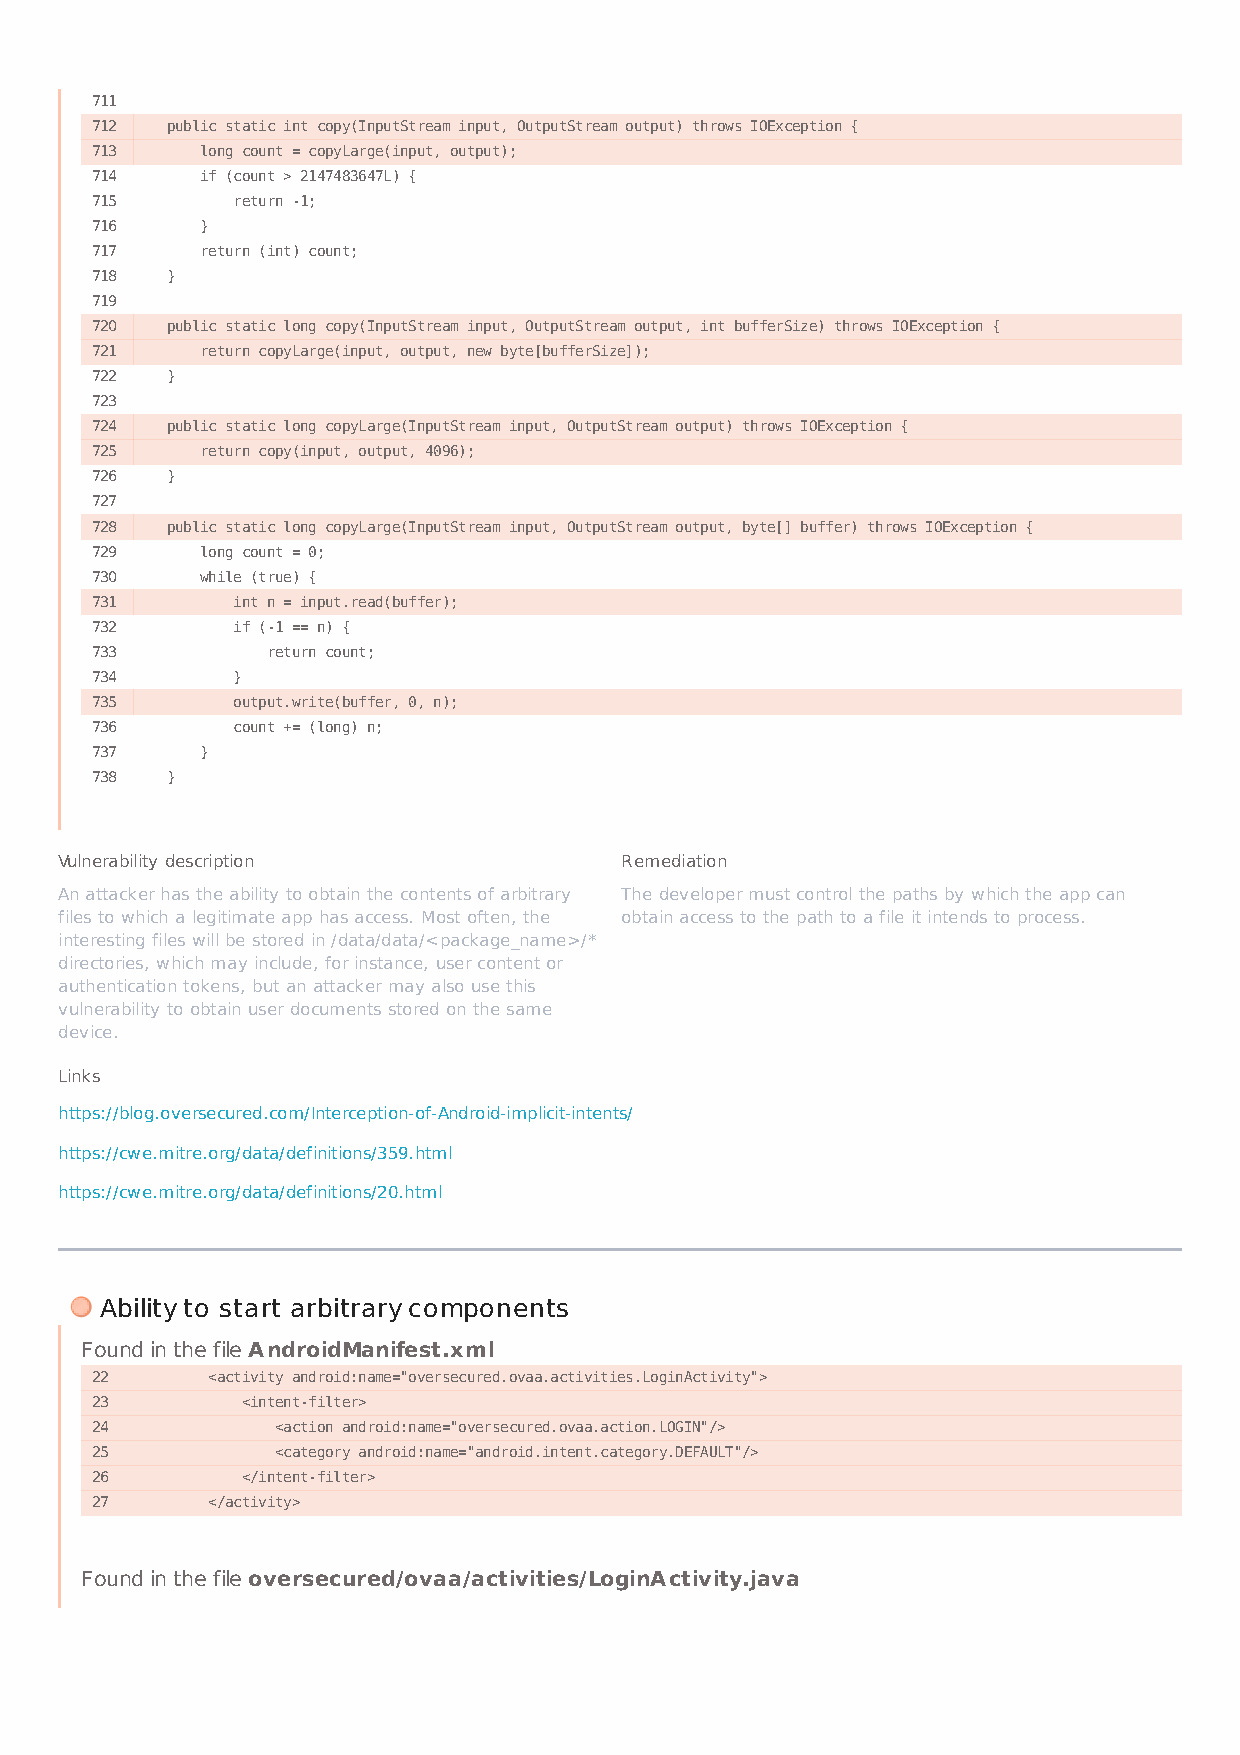
711
 712  public static int copy(InputStream input, OutputStream output) throws IOException {
 713    long count = copyLarge(input, output);
 714    if (count > 2147483647L) {
 715      return -1;
 716    }
 717    return (int) count;
 718  }
 719
 720  public static long copy(InputStream input, OutputStream output, int bufferSize) throws IOException {
 721    return copyLarge(input, output, new byte[bufferSize]);
 722  }
 723
 724  public static long copyLarge(InputStream input, OutputStream output) throws IOException {
 725    return copy(input, output, 4096);
 726  }
 727
 728  public static long copyLarge(InputStream input, OutputStream output, byte[] buffer) throws IOException {
 729    long count = 0;
 730    while (true) {
 731      int n = input.read(buffer);
 732      if (-1 == n) {
 733         return count;
 734      }
 735      output.write(buffer, 0, n);
 736      count += (long) n;
 737    }
 738  }
 Vulnerability description            Remediation
 An attacker has the ability to obtain the contents of arbitrary The developer must control the paths by which the app can
 files to which a legitimate app has access. Most often, the obtain access to the path to a file it intends to process.
 interesting files will be stored in /data/data/<package_name>/*
 directories, which may include, for instance, user content or
 authentication tokens, but an attacker may also use this
 vulnerability to obtain user documents stored on the same
 device.
 Links
 https://blog.oversecured.com/Interception-of-Android-implicit-intents/
 https://cwe.mitre.org/data/definitions/359.html
 https://cwe.mitre.org/data/definitions/20.html
 Ability to start arbitrary components
 Found in the file AndroidManifest.xml
 22      <activity android:name="oversecured.ovaa.activities.LoginActivity">
 23        <intent-filter>
 24          <action android:name="oversecured.ovaa.action.LOGIN"/>
 25          <category android:name="android.intent.category.DEFAULT"/>
 26        </intent-filter>
 27      </activity>
 Found in the file oversecured/ovaa/activities/LoginActivity.java